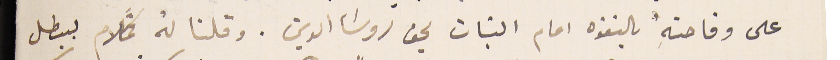
على وقاحتهِ بالتفوه امام البنات بحق روسَا الدين. وقلنا لهُ كلام ببطل